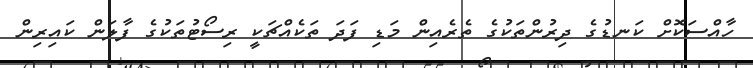
ހާއްސަކޮށް ކަނޑުގެ ދިރުންތަކުގެ ތެރެއިން މަޑި ފަދަ ތަކެއްޗަކީ ރިސޯޓުތަކުގެ ފާލަން ކައިރިން